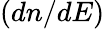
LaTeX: (dn/dE)